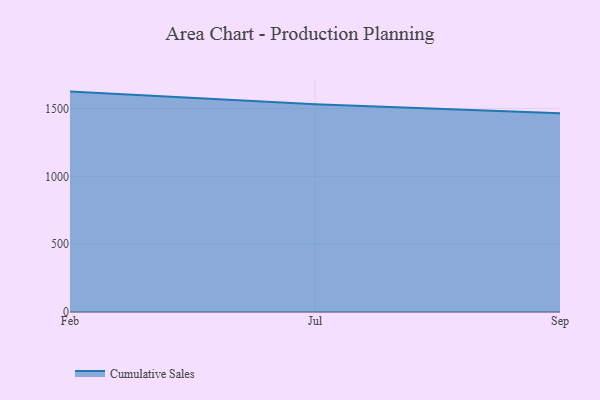
{"axis": {"x": "Month", "y": "Shipments"}, "legend": ["Cumulative Sales"], "data": [{"x": "Feb", "y": 1624.5, "type": "Cumulative Sales"}, {"x": "Jul", "y": 1531.5, "type": "Cumulative Sales"}, {"x": "Sep", "y": 1464.9, "type": "Cumulative Sales"}]}